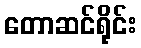
တောဆင်ရိုင်း